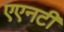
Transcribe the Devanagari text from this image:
एएनटी